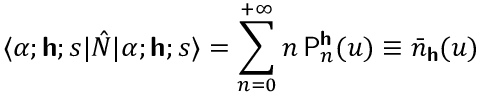
\langle \alpha ; \boldsymbol { \mathsf { h } } ; s | \hat { N } | \alpha ; \boldsymbol { \mathsf { h } } ; s \rangle = \sum _ { n = 0 } ^ { + \infty } n \, \mathsf { P } _ { n } ^ { \boldsymbol { \mathsf { h } } } ( u ) \equiv \bar { n } _ { \boldsymbol { \mathsf { h } } } ( u )